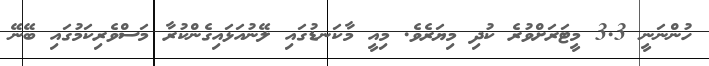
ހުންނަނީ 3.3 މީޓަރަށްވުރެ ކުދި މިޔަރެވެ. މިއީ މާކަނޑުގައި ލޭނުއަޅައިގެންކުރާ މަސްވެރިކަމުގައި ބޭނޭ